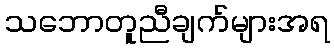
သဘောတူညီချက်များအရ